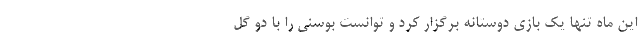
این ماه تنها یک بازی دوستانه برگزار کرد و توانست بوسنی را با دو گل